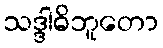
သဒ္ဒါဓိဘူတော